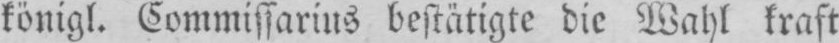
königl. Commissarius bestätigte die Wahl kraft